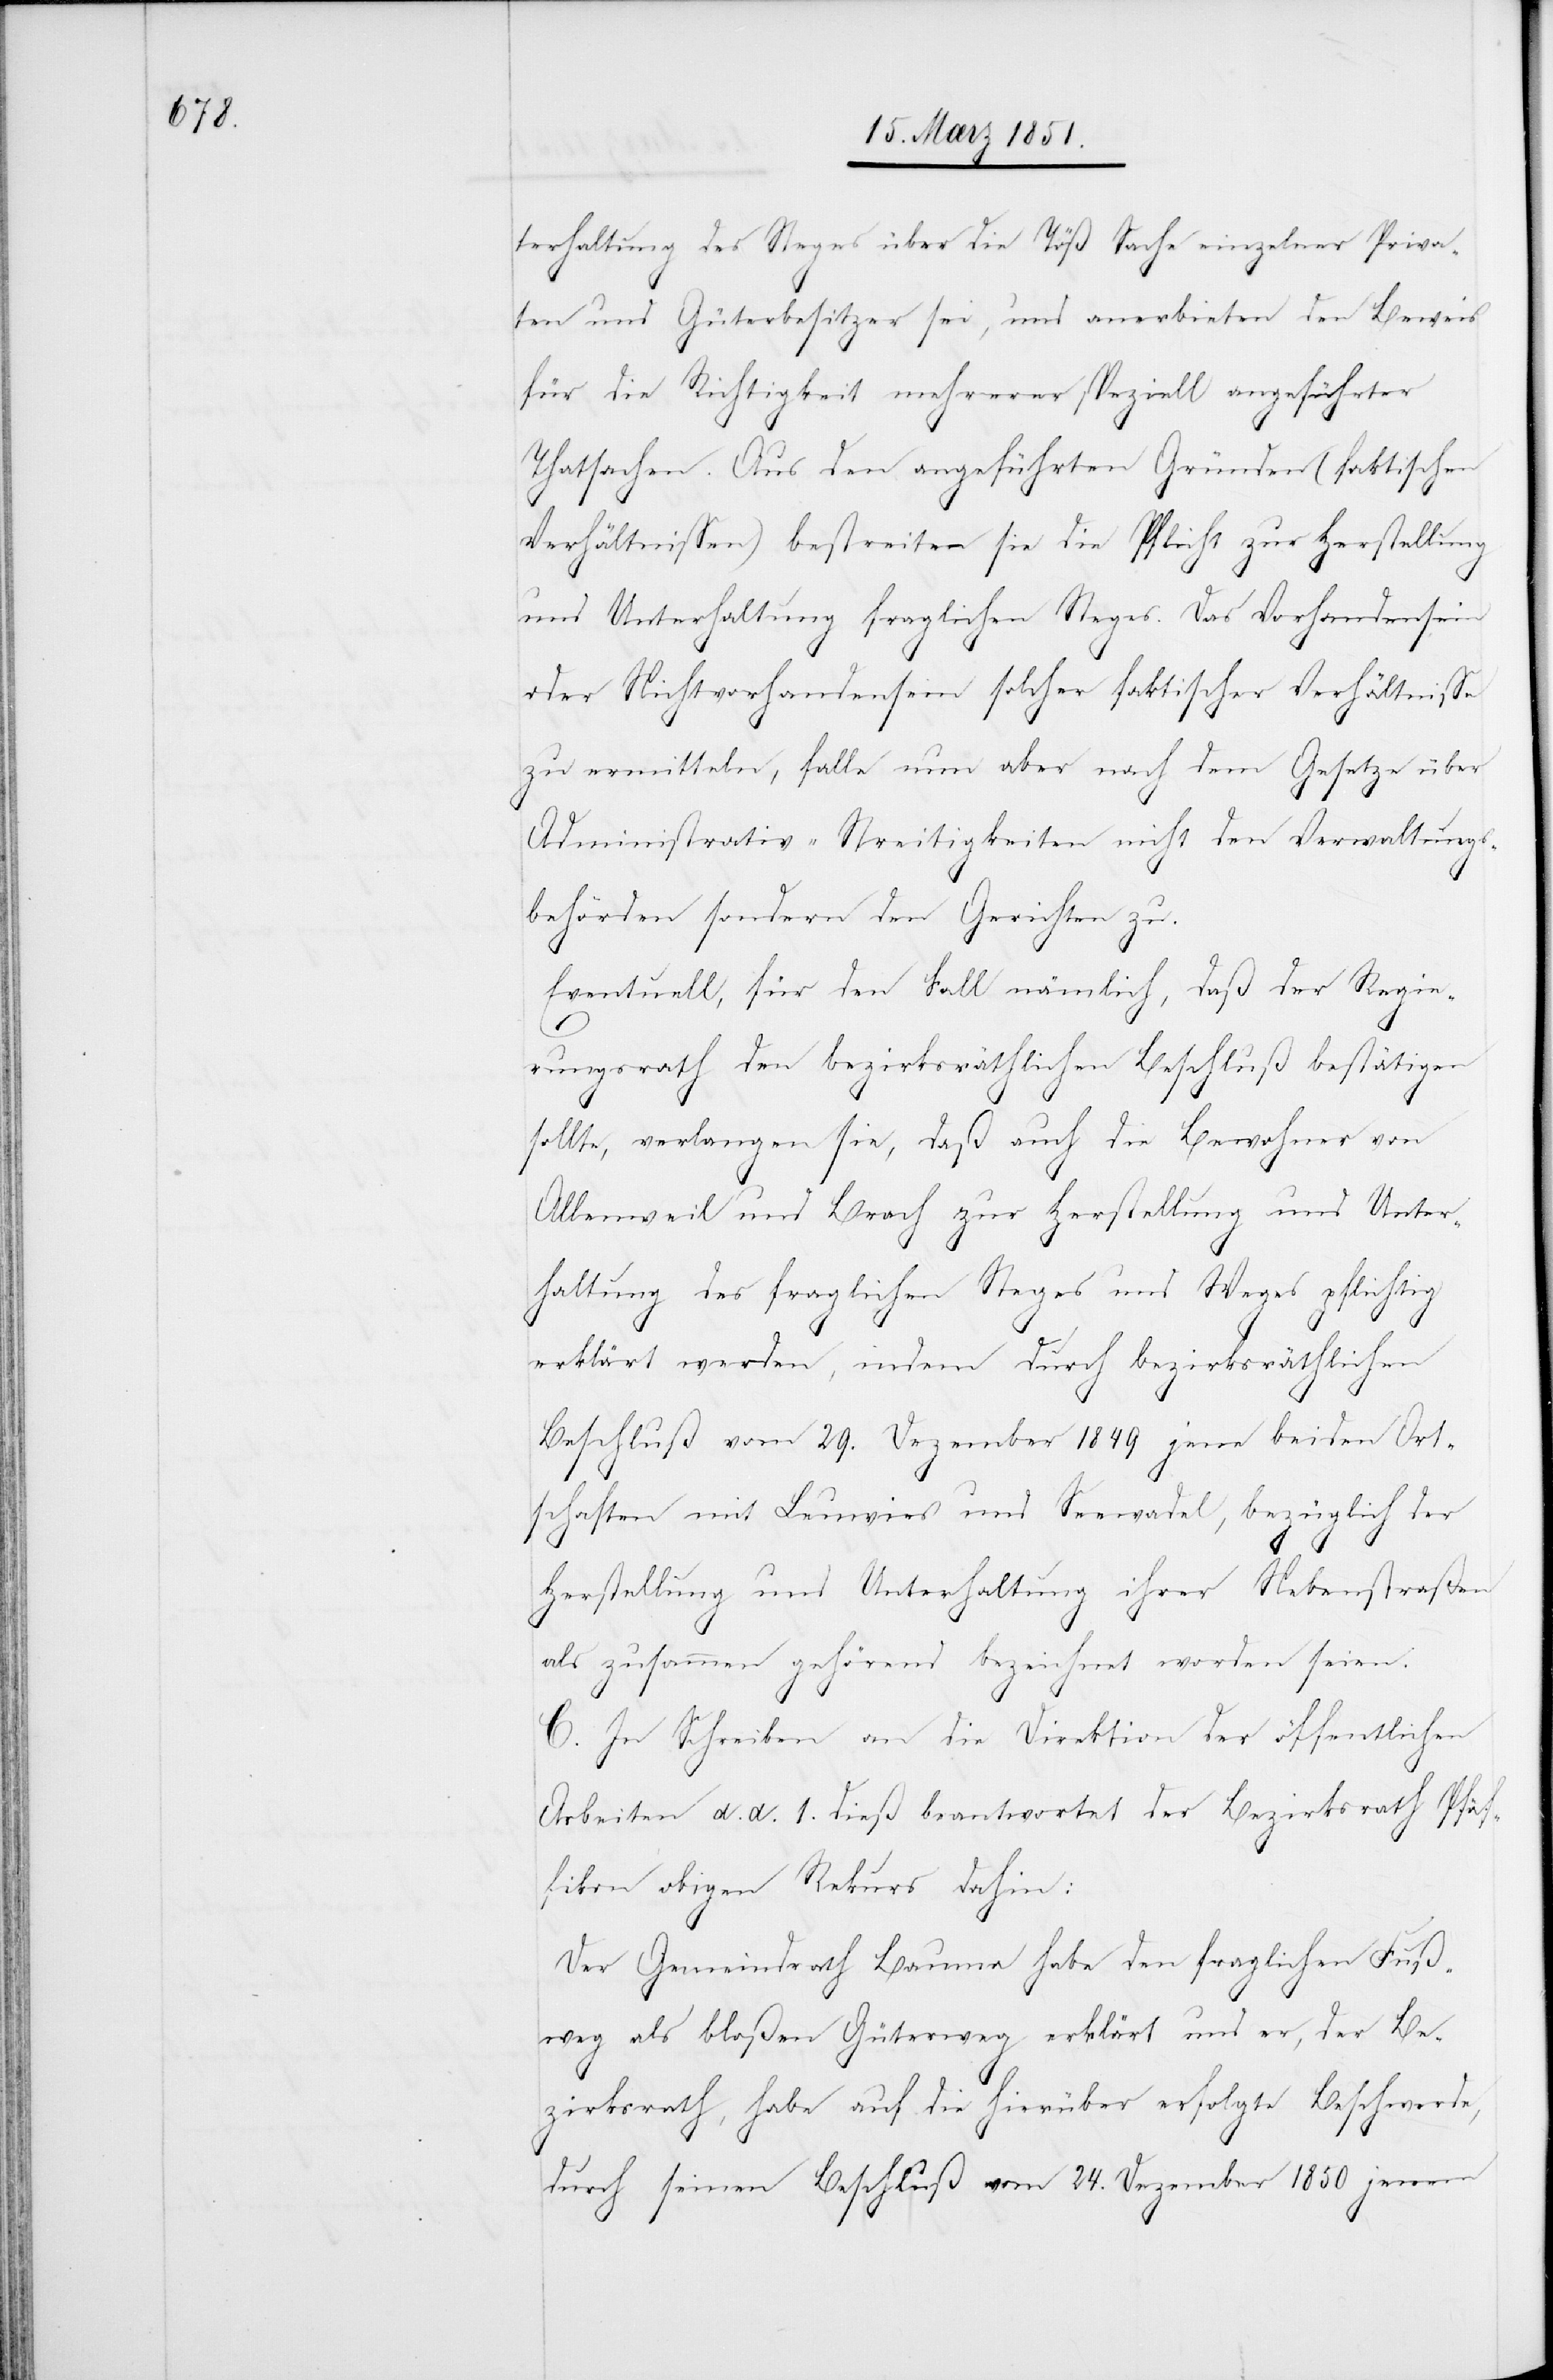
terhaltung des Steges über die Töß Sache einzelner Priva¬
ten und Güterbesitzer sei, und anerbieten den Beweis
für die Richtigkeit mehrerer speziell angeführter
Thatsachen. Aus den angeführten Gründen (faktischen
Verhältnissen) bestreiten sie die Pflicht zur Herstellung
und Unterhaltung fraglichen Steges. Das Vorhandensein
oder Nichtvorhandensein solcher faktischer Verhältnisse
zu ermitteln, falle nun aber nach dem Gesetze über
Administrativ-Streitigkeiten nicht den Verwaltungs¬
behörden sondern den Gerichten zu.
Eventuell, für den Fall nämlich, daß der Regie¬
rungsrath den bezirksräthlichen Beschluß bestätigen
sollte, verlangen sie, daß auch die Bewohner von
Allenweil und Brach zur Herstellung und Unter¬
haltung des fraglichen Steges und Weges pflichtig
erklärt werden, indem durch bezirksräthlichen
Beschluß vom 29. Dezember 1849 jene beiden Ort¬
schaften mit Leuwies und Seewadel, bezüglich der
Herstellung und Unterhaltung ihrer Nebenstraßen
als zusammen gehörend bezeichnet worden seien.
C. In Schreiben an die Direktion der öffentlichen
Arbeiten d. d. 1. dieß beantwortet der Bezirksrath Pfäf¬
fikon obigen Rekurs dahin:
Der Gemeindrath Bauma habe den fraglichen Fuß¬
weg als bloßen Güterweg erklärt und er, der Be¬
zirksrath, habe auf die hierüber erfolgte Beschwerde,
durch seinen Beschluß vom 24. Dezember 1850 jenem